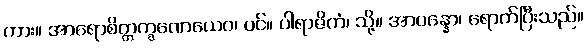
ကား။ အာရောစိတ္တက္ခဏေယေဝ၊ ပင်။ ပါရာဇိကံ၊ သို့။ အာပန္နော၊ ရောက်ပြီးသည်။